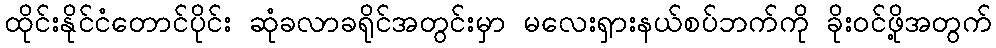
ထိုင်းနိုင်ငံတောင်ပိုင်း ဆုံခလာခရိုင်အတွင်းမှာ မလေးရှားနယ်စပ်ဘက်ကို ခိုးဝင်ဖို့အတွက်